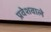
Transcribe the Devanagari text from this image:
प्रवेशवाले